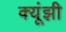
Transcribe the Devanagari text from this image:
क्यूंझी